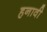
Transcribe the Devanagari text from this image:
हनावी